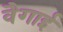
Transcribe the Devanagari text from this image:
वैगाई